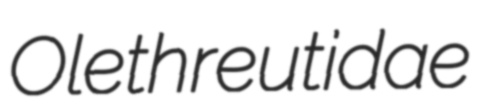
Olethreutidae